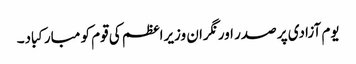
یوم آزادی پر صدر اور نگران وزیراعظم کی قوم کو مبارکباد۔